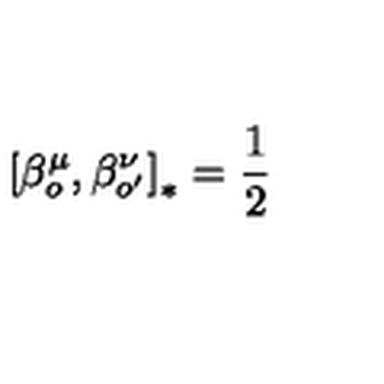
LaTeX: \left[ \beta _ { o } ^ { \mu } , \beta _ { o ^ { \prime } } ^ { \nu } \right] _ { \ast } = \frac { 1 } { 2 }